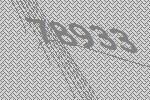
78933